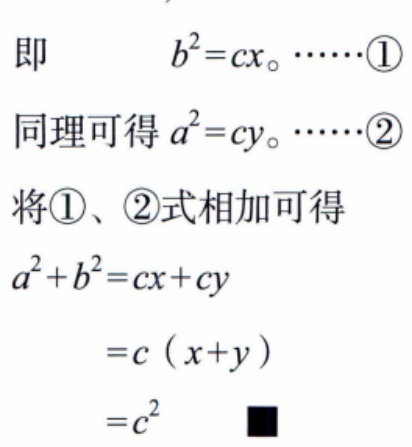
即
\[
b^{2}=cx_{\circ}\cdots\cdots\textcircled{1}
\]
同理可得 \(a^{2}=cy_{\circ}\cdots\cdots\textcircled{2}\)
将\textcircled{1}、\textcircled{2}式相加可得
\[
\begin{align*}
a^{2}+b^{2}&=cx + cy\\
&=c(x + y)\\
&=c^{2}
\end{align*}
\]